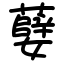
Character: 㜸